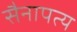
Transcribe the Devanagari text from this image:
सैनापत्य